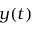
y ( t )